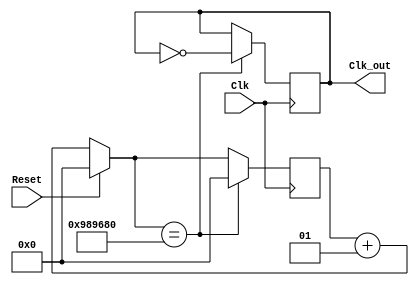
`timescale 1ns / 1ps
//////////////////////////////////////////////////////////////////////////////////
// Company: 
// Engineer: 
// 
// Design Name: 
// Module Name: ClockDivider
// Project Name: 
// Target Devices: 
// Tool Versions: 
// Description: 
// 
// Dependencies: 
// 
// Revision:
// Revision 0.01 - File Created
// Additional Comments:
// 
//////////////////////////////////////////////////////////////////////////////////


module ClockDivider(Clk, Reset, Clk_out);
    input Clk, Reset;
    output reg Clk_out;
    integer bingo= 10000000; // 10 MHz
    integer holder = 0;
    
    always @(posedge Clk) begin
    if (Reset == 1'b1)
        holder = 0;
    else
        holder = holder + 1;
        
    if(holder == bingo)begin
            Clk_out <= ~Clk_out;
            holder = 0;
            end
    end // end always


endmodule